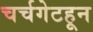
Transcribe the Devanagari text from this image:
चर्चगेटहून